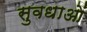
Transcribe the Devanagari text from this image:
सुवधाओं